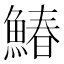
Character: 鰆